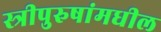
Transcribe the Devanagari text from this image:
स्त्रीपुरुषांमधील